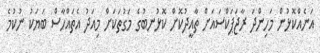
އަނެއްކޮޅުން މަހިންދަ ރާޖަޕަކްސައަށް ތާއީދުކޮށް ކޮޅުނބުގެ މަގުތަކަށް މިއަދު އެތައްހާސް ބަޔަކު ނުކުމެ